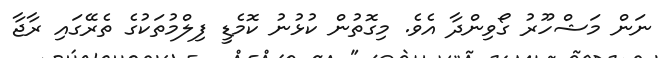
ނަން މަޝްހޫރު ގޯވިންދާ އެވެ. މިގޮތުން ކުޅުނު ކޮމެޑީ ފިލްމުތަކުގެ ތެރޭގައި ރާޖާ